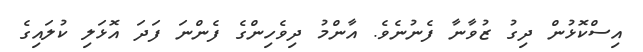
އިސްކޮޅުން ދިގު ޒުވާނާ ފެނުނެވެ. އާންމު ދިވެހިންގެ ފެންނަ ފަދަ އޮޅަލި ކުލައިގެ